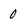
Character: 0